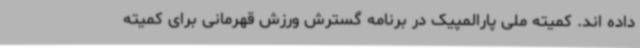
داده اند. کمیته ملی پارالمپیک در برنامه گسترش ورزش قهرمانی برای کمیته